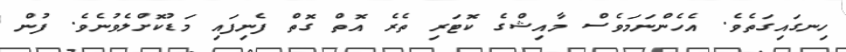
ހިނގައިގަތެވެ. އެހެންނަމަވެސް މާއިޝްގެ ކޮޓަރި ތެރެ އޮތް ގޮތް ފެނިފައި މަޑުކޮށްލެވުނެވެ. ފުން